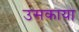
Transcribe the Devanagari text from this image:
उसकाया